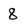
Character: 8